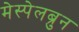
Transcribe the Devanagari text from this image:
मेस्पेलब्रुन